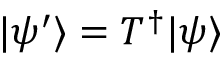
\vert \psi ^ { \prime } \rangle = T ^ { \dagger } \vert \psi \rangle